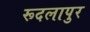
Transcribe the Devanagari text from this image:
रूदलापुर